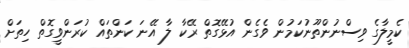
ކެމީލާގެ ވިސްނުންތޫނުކަމުން ވެގެން އުޅޭގޮތް ރޭކާ ލާ އޭނަ ކަންތައް ކުރަންވީގޮތް ހިތަށް